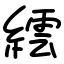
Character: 繧